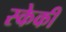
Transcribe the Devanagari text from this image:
स्केकी